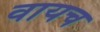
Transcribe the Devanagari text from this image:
वायच